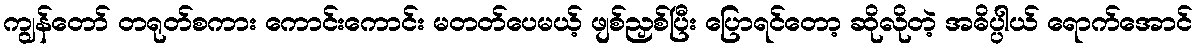
ကျွန်တော် တရုတ်စကား ကောင်းကောင်း မတတ်ပေမယ့် ဖျစ်ညှစ်ပြီး ပြောရင်တော့ ဆိုလိုတဲ့ အဓိပ္ပါယ် ရောက်အောင်